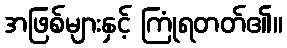
အဖြစ်များနှင့် ကြုံရတတ်၏။